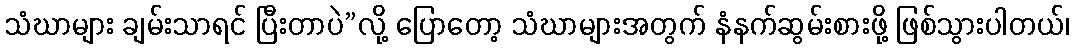
သံဃာများ ချမ်းသာရင် ပြီးတာပဲ”လို့ ပြောတော့ သံဃာများအတွက် နံနက်ဆွမ်းစားဖို့ ဖြစ်သွားပါတယ်၊